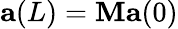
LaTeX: \textbf{a}(L)=\textbf{M}\textbf{a}(0)